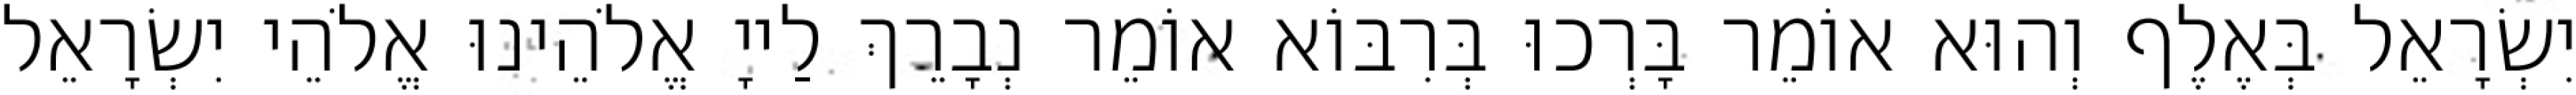
יִשְׂרָאֵל בְּאֶלֶף וְהוּא אוֹמֵר בָּרְכוּ בְּרִבּוֹא אוֹמֵר נְבָרֵךְ לַייָ אֱלֹהֵינוּ אֱלֹהֵי יִשְׂרָאֵל